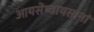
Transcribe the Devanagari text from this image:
आयसेष्वायसानां